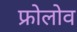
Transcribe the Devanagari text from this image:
फ्रोलोव